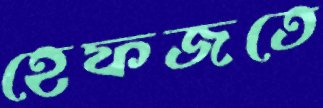
হেফজতে